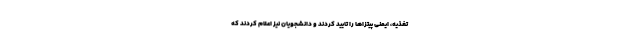
تغذیه، ایمنی پیتزاها را تایید کردند و دانشجویان نیز اعلام کردند که